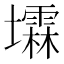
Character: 𪤰